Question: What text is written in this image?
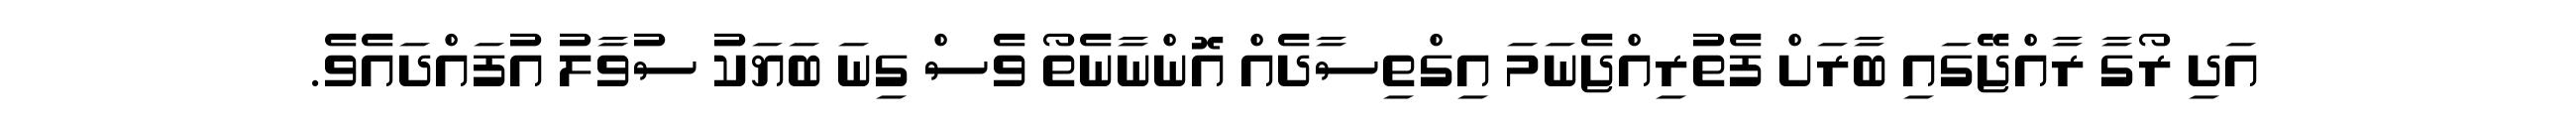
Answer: އަދި ރޯގާ ރާއްޖޭގައި ބާރަށް ފެތުރިއްޖެނަމަ އިގްތިސާދެއް އޮންނާނެތޯ ވެސް ގިނަ ބަޔަކު ސުވާލު އުފައްދައެވެ.